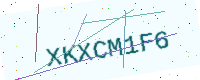
Text: XKXCM1F6